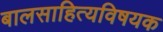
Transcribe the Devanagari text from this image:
बालसाहित्यविषयक